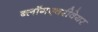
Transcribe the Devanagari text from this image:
ब्लॉगएवरीवेयर